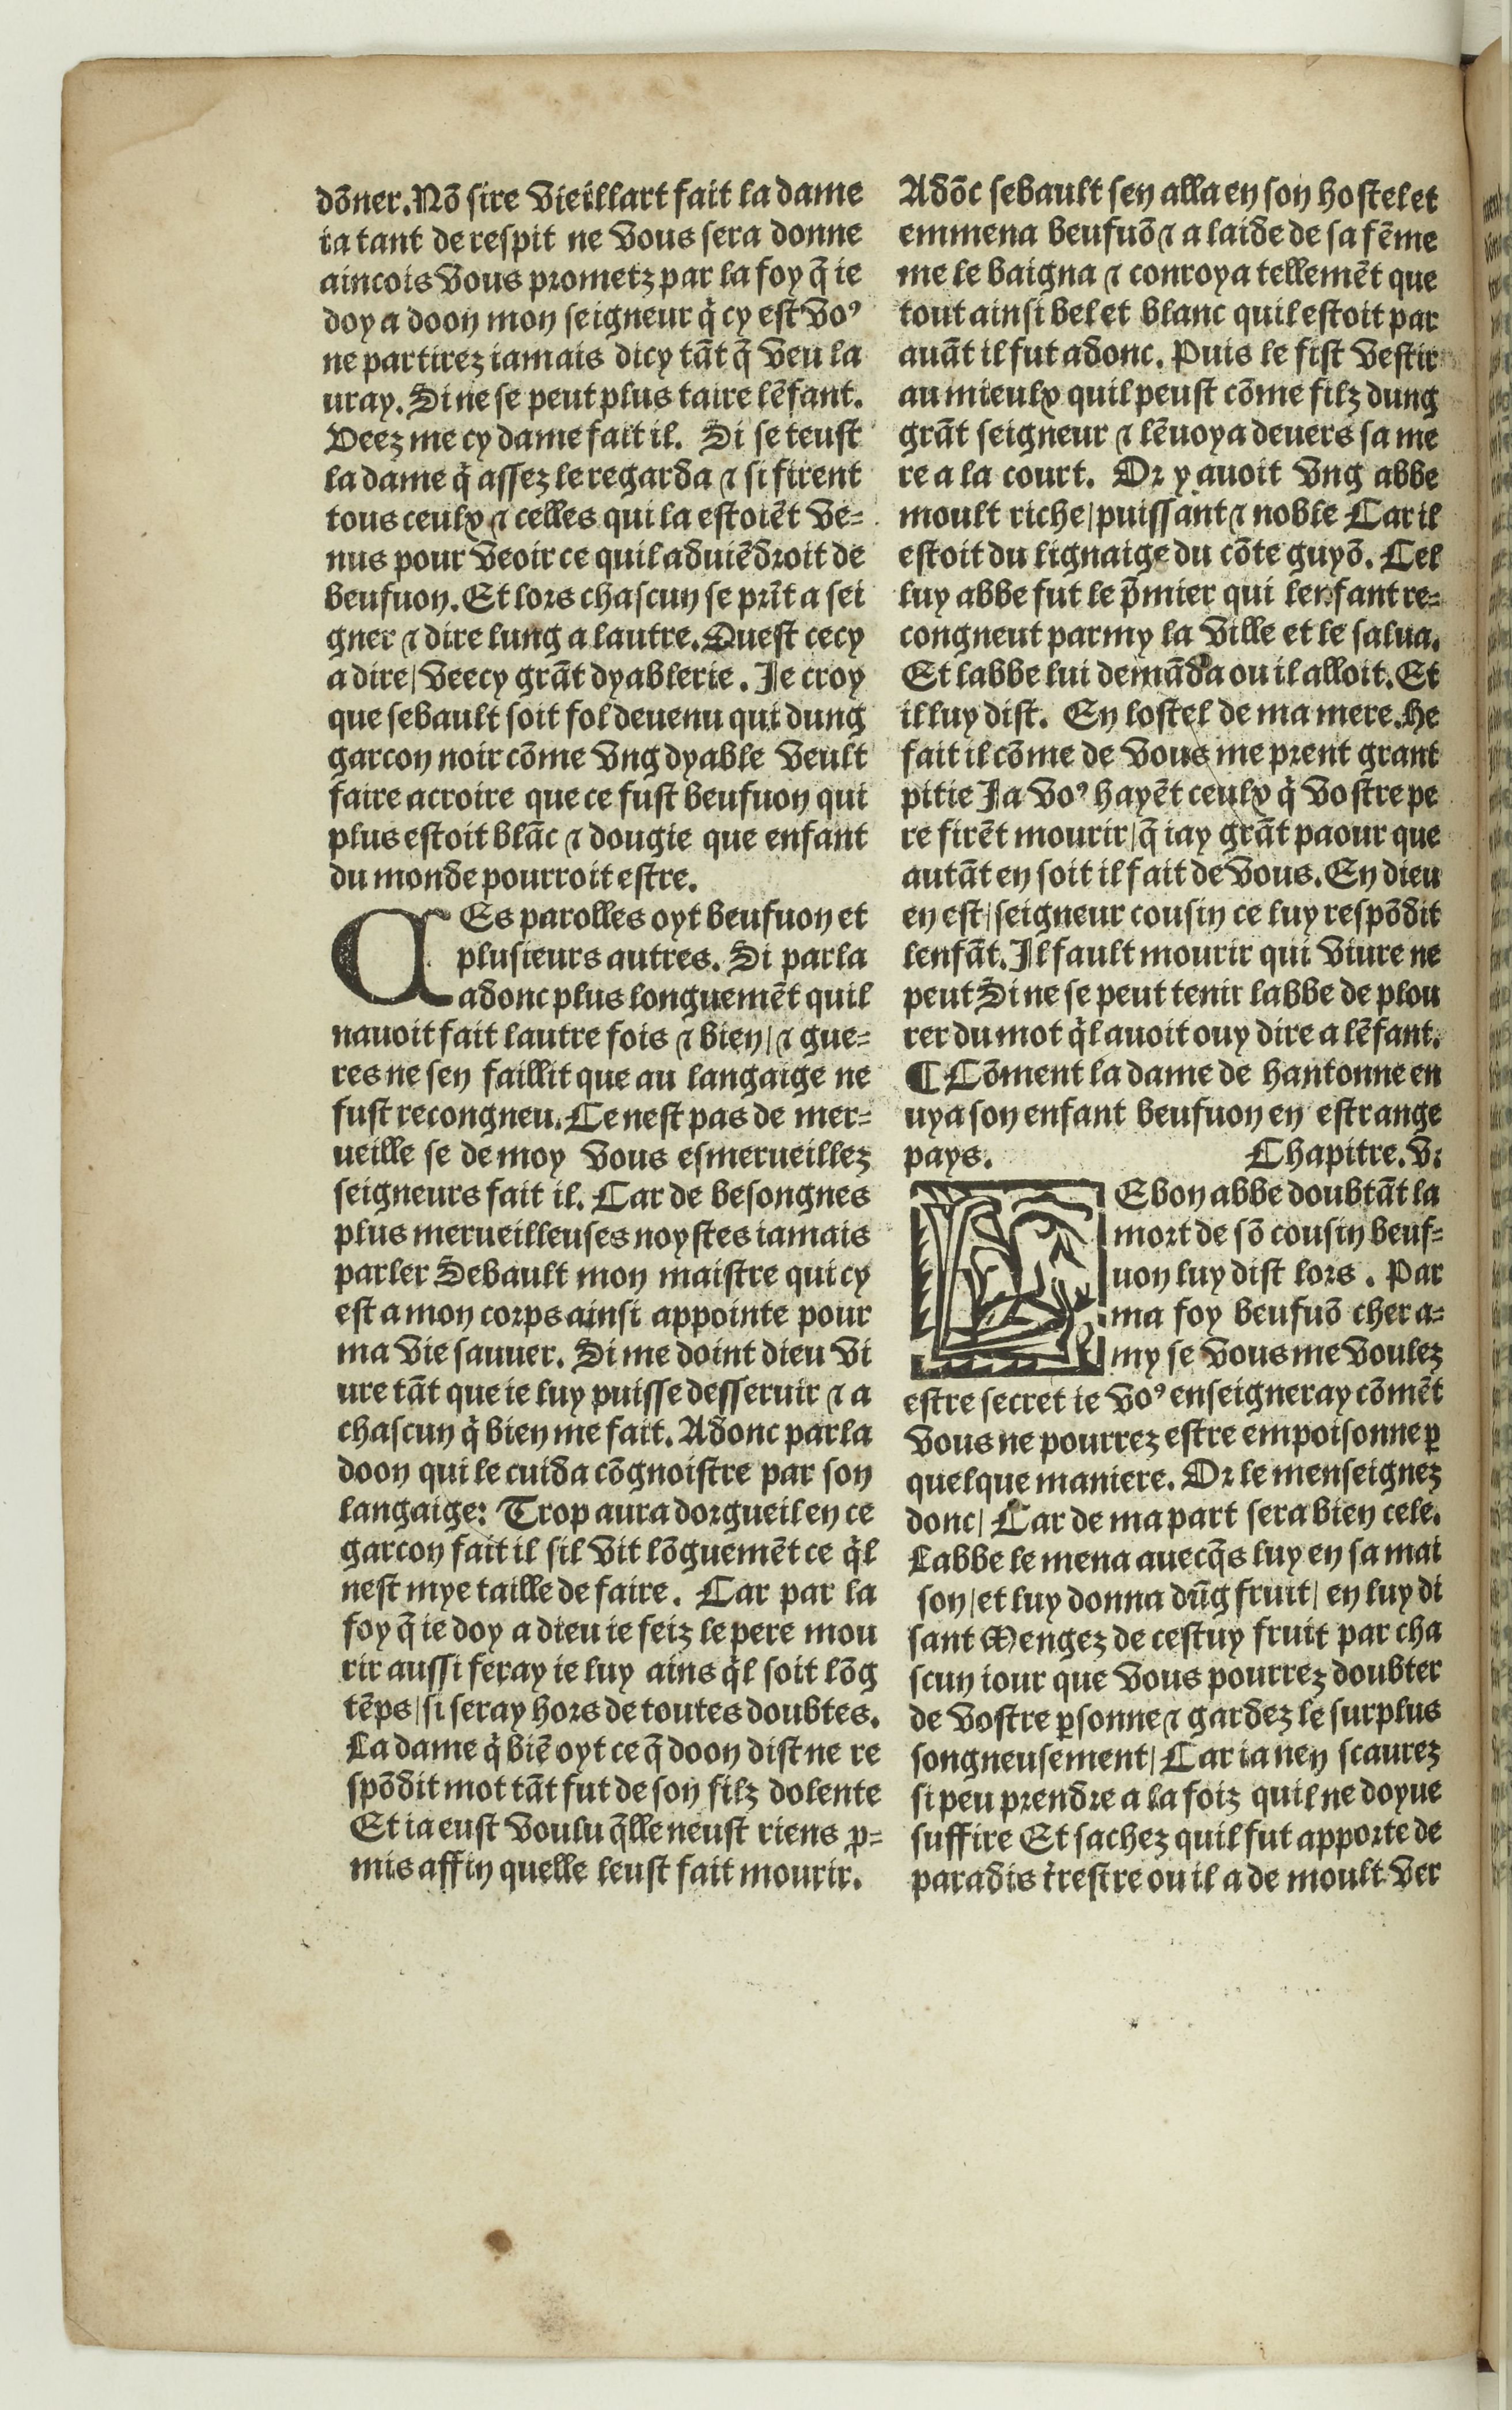
Shelfmark: Paris, BnF, Rés. Y2-674
Century: 16